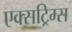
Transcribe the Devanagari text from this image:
एक्सट्रिम्स